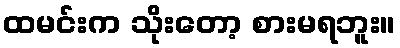
ထမင်းက သိုးတော့ စားမရဘူး။